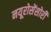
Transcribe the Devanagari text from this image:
नयूरोसेंसोरी